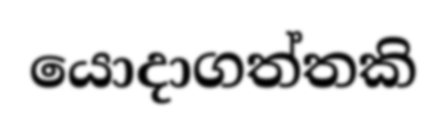
යොදාගත්තකි